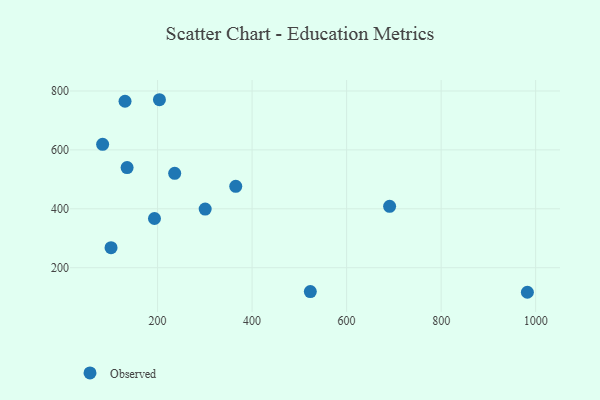
{"axis": {"x": "Price", "y": "Salary"}, "legend": ["Observed"], "data": [{"x": "982.5", "y": 116.6, "type": "Observed"}, {"x": "101.5", "y": 268.0, "type": "Observed"}, {"x": "193.4", "y": 367.1, "type": "Observed"}, {"x": "83.7", "y": 618.9, "type": "Observed"}, {"x": "203.9", "y": 770.3, "type": "Observed"}, {"x": "236.2", "y": 520.4, "type": "Observed"}, {"x": "523.2", "y": 118.9, "type": "Observed"}, {"x": "365.4", "y": 476.2, "type": "Observed"}, {"x": "300.7", "y": 399.1, "type": "Observed"}, {"x": "691.0", "y": 408.5, "type": "Observed"}, {"x": "131.1", "y": 765.2, "type": "Observed"}, {"x": "135.5", "y": 539.9, "type": "Observed"}]}